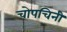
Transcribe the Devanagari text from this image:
चोपचिनी